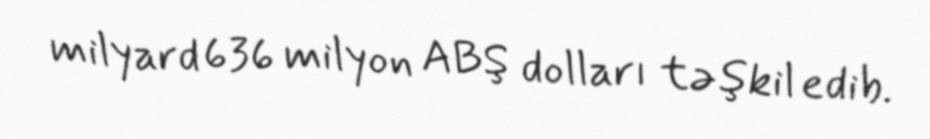
milyard 636 milyon ABŞ dolları təşkil edib.